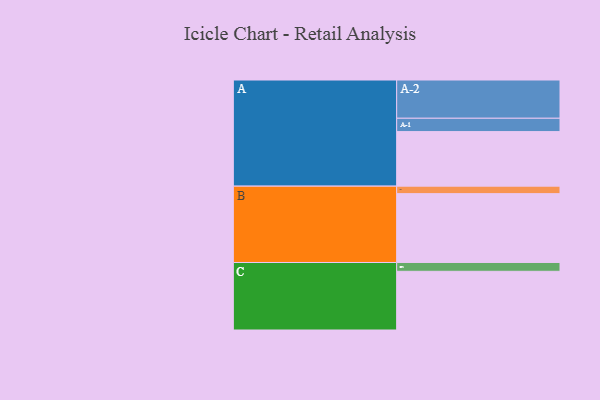
{"axis": {"x": "Segment", "y": "Value"}, "legend": ["", "A", "B", "C"], "data": [{"x": "A", "y": 408, "type": ""}, {"x": "B", "y": 515, "type": ""}, {"x": "C", "y": 439, "type": ""}, {"x": "A-1", "y": 100, "type": "A"}, {"x": "A-2", "y": 286, "type": "A"}, {"x": "B-1", "y": 56, "type": "B"}, {"x": "C-1", "y": 66, "type": "C"}]}